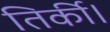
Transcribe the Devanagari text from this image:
तिर्की।